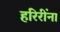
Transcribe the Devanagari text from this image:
हरिरींना